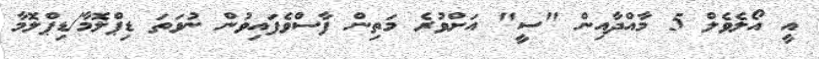
އީ އޯލެވެލް 5 މާއްދާއިން "ސީ" އަށްވުރެ މަތިން ފާސްވެފައިވުން ނުވަތަ ޑިޕްލޮމާ/ޑިޕްލޮމާ